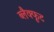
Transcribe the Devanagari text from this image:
ब्लैक्फूट